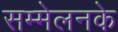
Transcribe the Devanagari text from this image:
सम्मेलनके